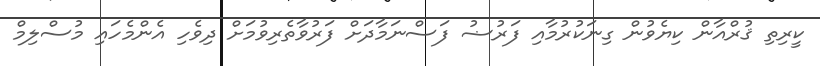
ކީރިތި ޤުރްއާން ކިޔެވުން ގިނަކުރުމާއި ފަރުޟު ފަސްނަމާދަށް ފަރުވާތެރިވުމަށް ދިވެހި އެންމެހައި މުސްލިމް